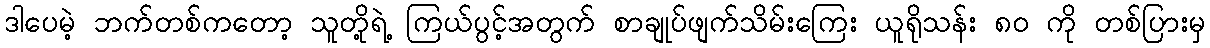
ဒါပေမဲ့ ဘက်တစ်ကတော့ သူတို့ရဲ့ ကြယ်ပွင့်အတွက် စာချုပ်ဖျက်သိမ်းကြေး ယူရိုသန်း ၈၀ ကို တစ်ပြားမှ